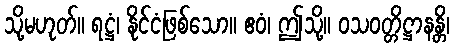
သို့မဟုတ်။ ရဋ္ဌံ၊ နိုင်ငံဖြစ်သော။ ဧဝံ၊ ဤသို့။ ဝသဝတ္တိဋ္ဌာနန္တိ၊